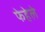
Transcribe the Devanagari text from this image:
फेहेले